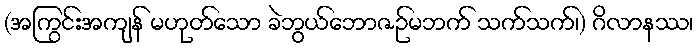
(အကြွင်းအကျန် မဟုတ်သော ခဲဘွယ်ဘောဇဉ်မဘက် သက်သက်၊) ဂိလာနဿ၊